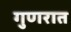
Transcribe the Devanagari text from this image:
गुणरात